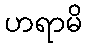
ဟရာမိ